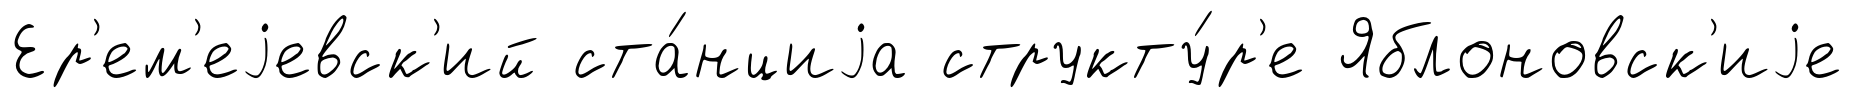
Ер'ем'еjевск'ий ста́нциjа структу́р'е Яблоновск'иjе